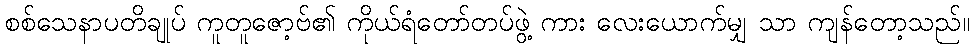
စစ်သေနာပတိချုပ် ကူတူဇော့ဗ်၏ ကိုယ်ရံတော်တပ်ဖွဲ့ ကား လေးယောက်မျှ သာ ကျန်တော့သည်။